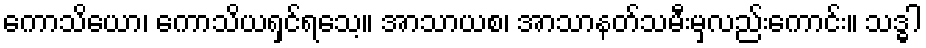
ကောသိယော၊ ကောသိယရှင်ရသေ့။ အာသာယစ၊ အာသာနတ်သမီးမှလည်းကောင်း။ သဒ္ဓါ